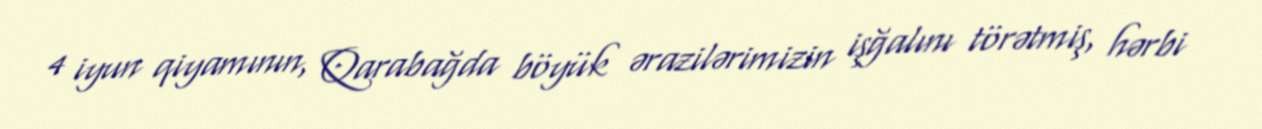
4 iyun qiyamının, Qarabağda böyük ərazilərimizin işğalını törətmiş, hərbi